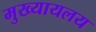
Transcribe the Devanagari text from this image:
मुख्यायलय